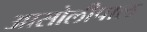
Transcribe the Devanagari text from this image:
आसोलीपाल